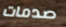
صدمات